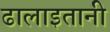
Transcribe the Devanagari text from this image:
ढालाइतानी